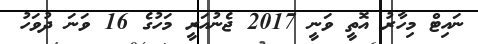
ނައިޓް މިހާރު އޮތީ ވަނީ 2017 ޖެނުއަރީ މަހުގެ 16 ވަނަ ދުވަހު